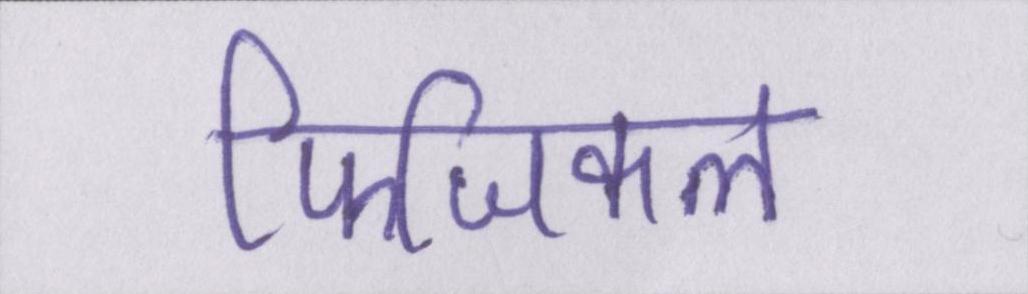
फिजिकल